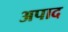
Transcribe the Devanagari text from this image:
अपाद